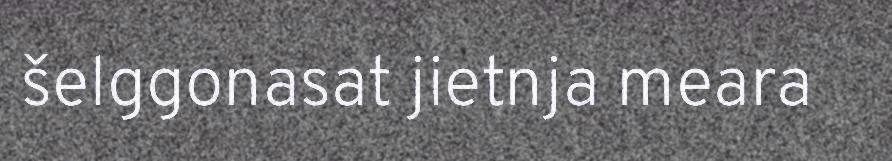
šelggonasat jietnja meara